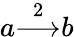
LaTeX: a{\overset{2}{\longrightarrow}}b